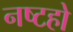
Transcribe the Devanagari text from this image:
नष्टहो